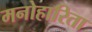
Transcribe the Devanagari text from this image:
मनोहारिता